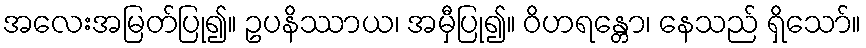
အလေးအမြတ်ပြု၍။ ဥပနိဿာယ၊ အမှီပြု၍။ ဝိဟရန္တော၊ နေသည် ရှိသော်။